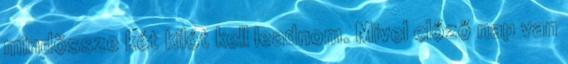
mindössze két kilót kell leadnom. Mivel előző nap van